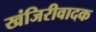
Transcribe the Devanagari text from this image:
खंजिरीवादक